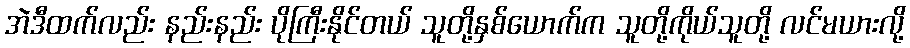
အဲဒီထက်လည်း နည်းနည်း ပိုကြီးနိုင်တယ် သူတို့နှစ်ယောက်က သူတို့ကိုယ်သူတို့ လင်မယားလို့